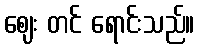
ဈေး တင် ရောင်းသည်။